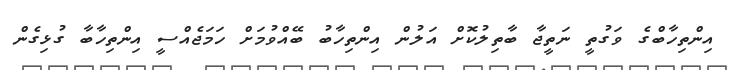
އިންތިހާބްގެ ވަގުތީ ނަތީޖާ ބާތިލުކޮށް އަލުން އިންތިހާބު ބޭއްވުމަށް ހަމަޖެއްސީ އިންތިހާބާ ގުޅިގެން